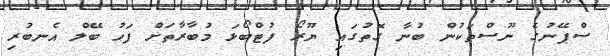
ސްޕޭނުގެ ނޫސްތަކުން ބުނާ ގޮތުގައި ޔޫރޯ ފުޓްބޯޅަ މުބާރާތަށް ފަހު ބޭލް އެނބުރި